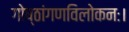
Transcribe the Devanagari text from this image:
गोष्ठांगणविलोकनः।